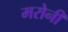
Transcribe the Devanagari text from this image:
मरोनी